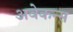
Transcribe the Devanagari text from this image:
अवेकन्स